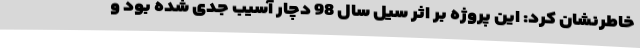
خاطرنشان کرد: این پروژه بر اثر سیل سال 98 دچار آسیب جدی شده بود و